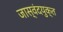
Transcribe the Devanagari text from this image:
जास्वंदयुक्त